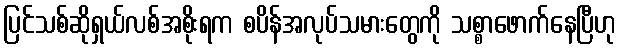
ပြင်သစ်ဆိုရှယ်လစ်အစိုးရက စပိန်အလုပ်သမားတွေကို သစ္စာဖောက်နေပြီဟု